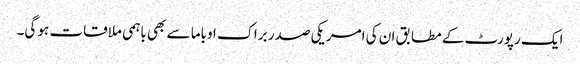
ایک رپورٹ کے مطابق ان کی امریکی صدر براک اوباما سے بھی باہمی ملاقات ہو گی۔